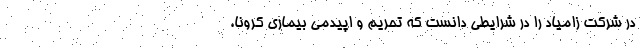
در شركت زامیاد را در شرایطی دانست که تحریم و اپیدمی بیماری كرونا،